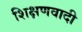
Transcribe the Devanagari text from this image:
शिक्षणवादी